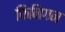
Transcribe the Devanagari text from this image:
फिनिगन